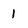
Character: l